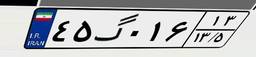
۴۵گ۰۱۶۱۳